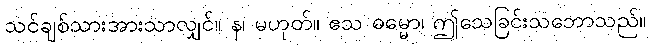
သင်ချစ်သားအားသာလျှင်။ န၊ မဟုတ်။ ဧသ ဓမ္မော၊ ဤသေခြင်းသဘောသည်။